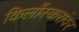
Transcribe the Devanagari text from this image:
किर्लोस्करांवर